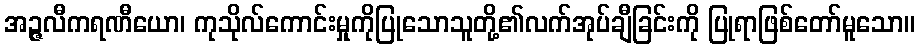
အဉ္ဇလီကရဏီယော၊ ကုသိုလ်ကောင်းမှုကိုပြုသောသူတို့၏လက်အုပ်ချီခြင်းကို ပြုရာဖြစ်တော်မူသော။